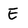
Character: E